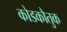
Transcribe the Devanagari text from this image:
कोडकौतुक